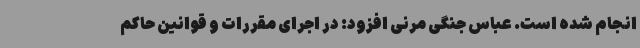
انجام شده است. عباس جنگی مرنی افزود: در اجرای مقررات و قوانین حاکم